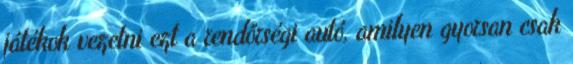
játékok vezetni ezt a rendőrségi autó, amilyen gyorsan csak